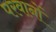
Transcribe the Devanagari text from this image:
परवानों